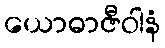
ယောဓာဇီဝါနံ